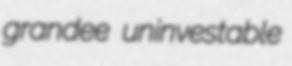
grandee uninvestable